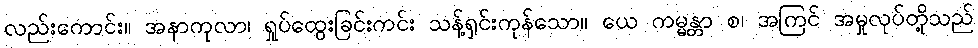
လည်းကောင်း။ အနာကုလာ၊ ရှုပ်ထွေးခြင်းကင်း သန့်ရှင်းကုန်သော။ ယေ ကမ္မန္တာ စ၊ အကြင် အမှုလုပ်တို့သည်